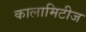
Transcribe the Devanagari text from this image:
कालामिटीज